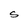
Character: S